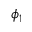
\phi _ { 1 }